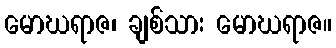
မောဃရာဇ၊ ချစ်သား မောဃရာဇ။